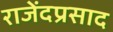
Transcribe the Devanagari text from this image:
राजेंदप्रसाद